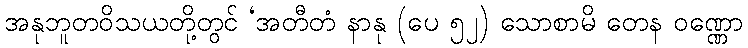
အနုဘူတဝိသယတို့တွင် ‘အတီတံ နာနု (ပေ ၅၂) သောစာမိ တေန ဝဏ္ဏော